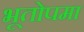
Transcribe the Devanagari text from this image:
भूतोपमा